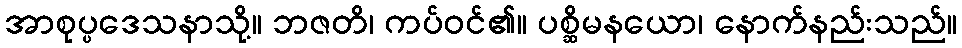
အာစုပ္ပဒေသနာသို့။ ဘဇတိ၊ ကပ်ဝင်၏။ ပစ္ဆိမနယော၊ နောက်နည်းသည်။